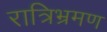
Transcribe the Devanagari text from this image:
रात्रिभ्रमण